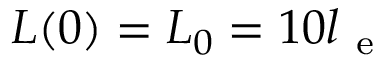
L ( 0 ) = L _ { 0 } = 1 0 l _ { \mathrm { ~ e ~ } }